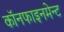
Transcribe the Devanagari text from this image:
कॉनफाइनमेन्ट